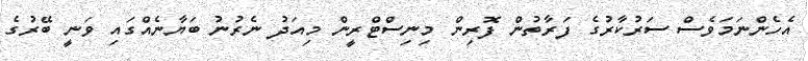
އެހެންނަމަވެސް ސަރުކާރުގެ ފަރާތުން ފޮރިން މިނިސްޓްރީން މިއަދު ނެރުނު ބަޔާނެއްގައި ވަނީ ބޭރުގެ